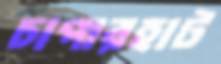
চাপারহাট